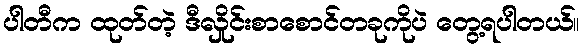
ပါတီက ထုတ်တဲ့ ဒီလှိုင်းစာစောင်တခုကိုပဲ တွေ့ရပါတယ်။